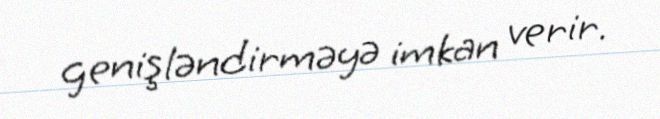
genişləndirməyə imkan verir.